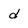
Character: d